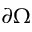
\partial \Omega